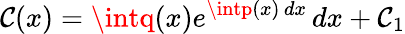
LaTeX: \mathcal{C}(x)=\intq(x)e^{\intp(x)\, dx}\, dx+\mathcal{C}_{1}